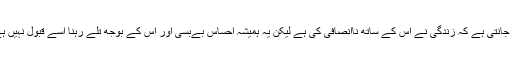
وہ جانتی ہے کہ زندگی نے اس کے ساتھ ناانصافی کی ہے لیکن یہ ہمیشہ احساس بےبسی اور اس کے بوجھ تلے رہنا اسے قبول نہیں ہے۔